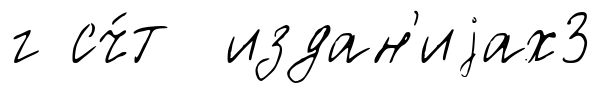
г сч́т издан'иjах3